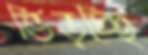
ভিড়চ্ছি